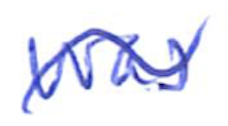
Text: was
Cross-out: wave
Writing tool: ballpoint